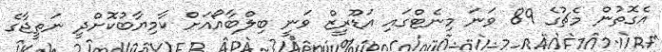
އެގޮތުން މެޗުގެ 89 ވަނަ މިނެޓްގައި އަޑޫރީޒް ވަނީ ބިލްބާއޯއަށް ކާމިޔާބުކޮށްދީ ނަތީޖާގެ